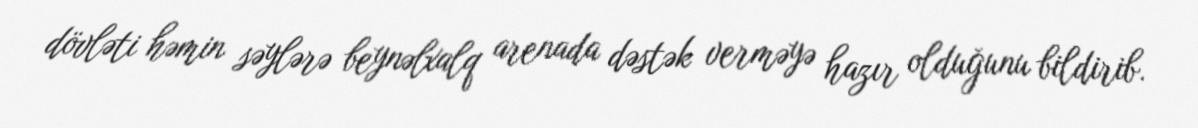
dövləti həmin səylərə beynəlxalq arenada dəstək verməyə hazır olduğunu bildirib.